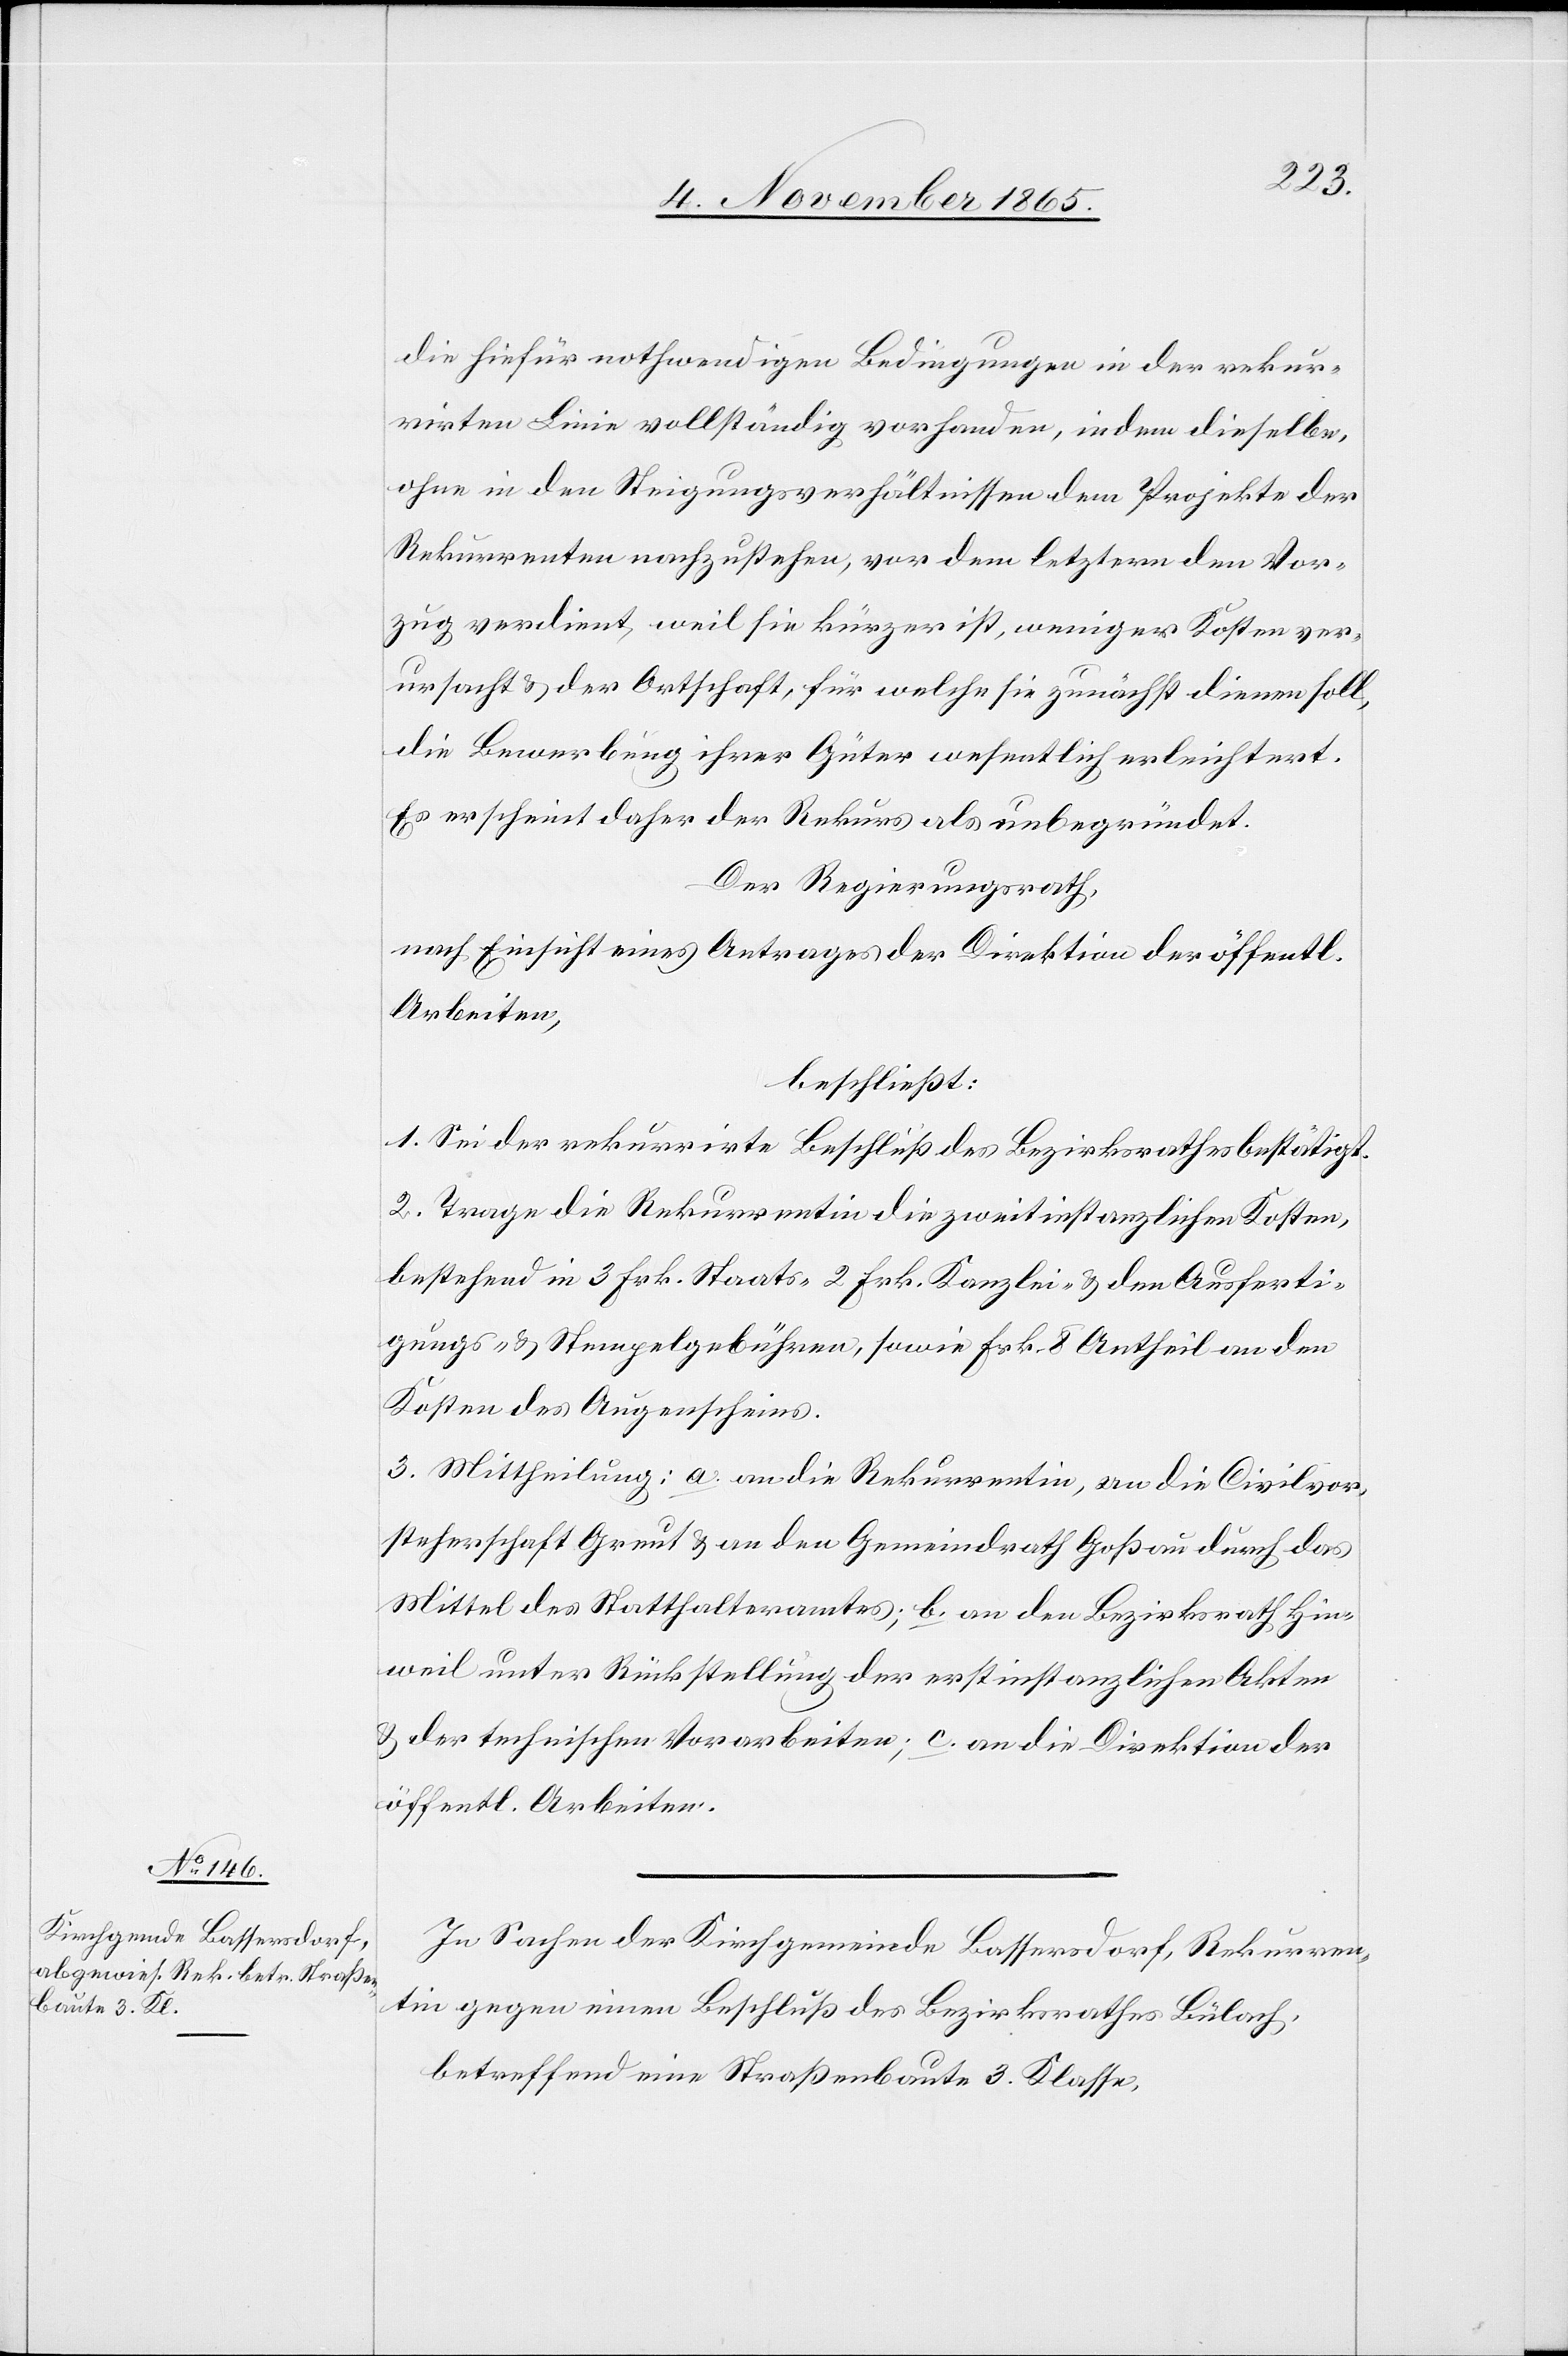
die hiefür nothwendigen Bedingungen in der rekur¬
rirten Linie vollständig vorhanden, indem dieselbe,
ohne in den Steigungsverhältnissen dem Projekte der
Rekurrenten nachzustehen, vor dem letztern den Vor¬
zug verdient, weil sie kürzer ist, weniger Kosten ver¬
ursacht & der Ortschaft, für welche sie zunächst dienen soll,
die Bewerbung ihrer Güter wesentlich erleichtert.
Es erscheint daher der Rekurs als unbegründet.
Der Regierungsrath,
nach Einsicht eines Antrages der Direktion der öffentl.
Arbeiten,
beschließt:
1. Sei der rekurrirte Beschluß des Bezirksrathes bestätigt.
2. Trage die Rekurrentin die zweitinstanzlichen Kosten,
bestehend in 3 Frk. Staats- 2 Frk. Kanzlei- & den Ausferti¬
gungs- & Stempelgebühren, sowie Frk. 8 Antheil an den
Kosten des Augenscheins.
3. Mittheilung: a. an die Rekurrentin, an die Civilvor¬
steherschaft Greut & an den Gemeindrath Goßau durch das
Mittel des Statthalteramtes; b. an den Bezirksrath Hin¬
weil unter Rückstellung der erstinstanzlichen Akten
& der technischen Vorarbeiten; c. an die Direktion der
öffentl. Arbeiten.
In Sachen der Kirchgemeinde Bassersdorf, Rekurren¬
tin gegen einen Beschluß des Bezirksrathes Bülach,
betreffend eine Straßenbaute 3. Klasse,